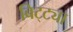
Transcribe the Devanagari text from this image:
बिट्ट्या